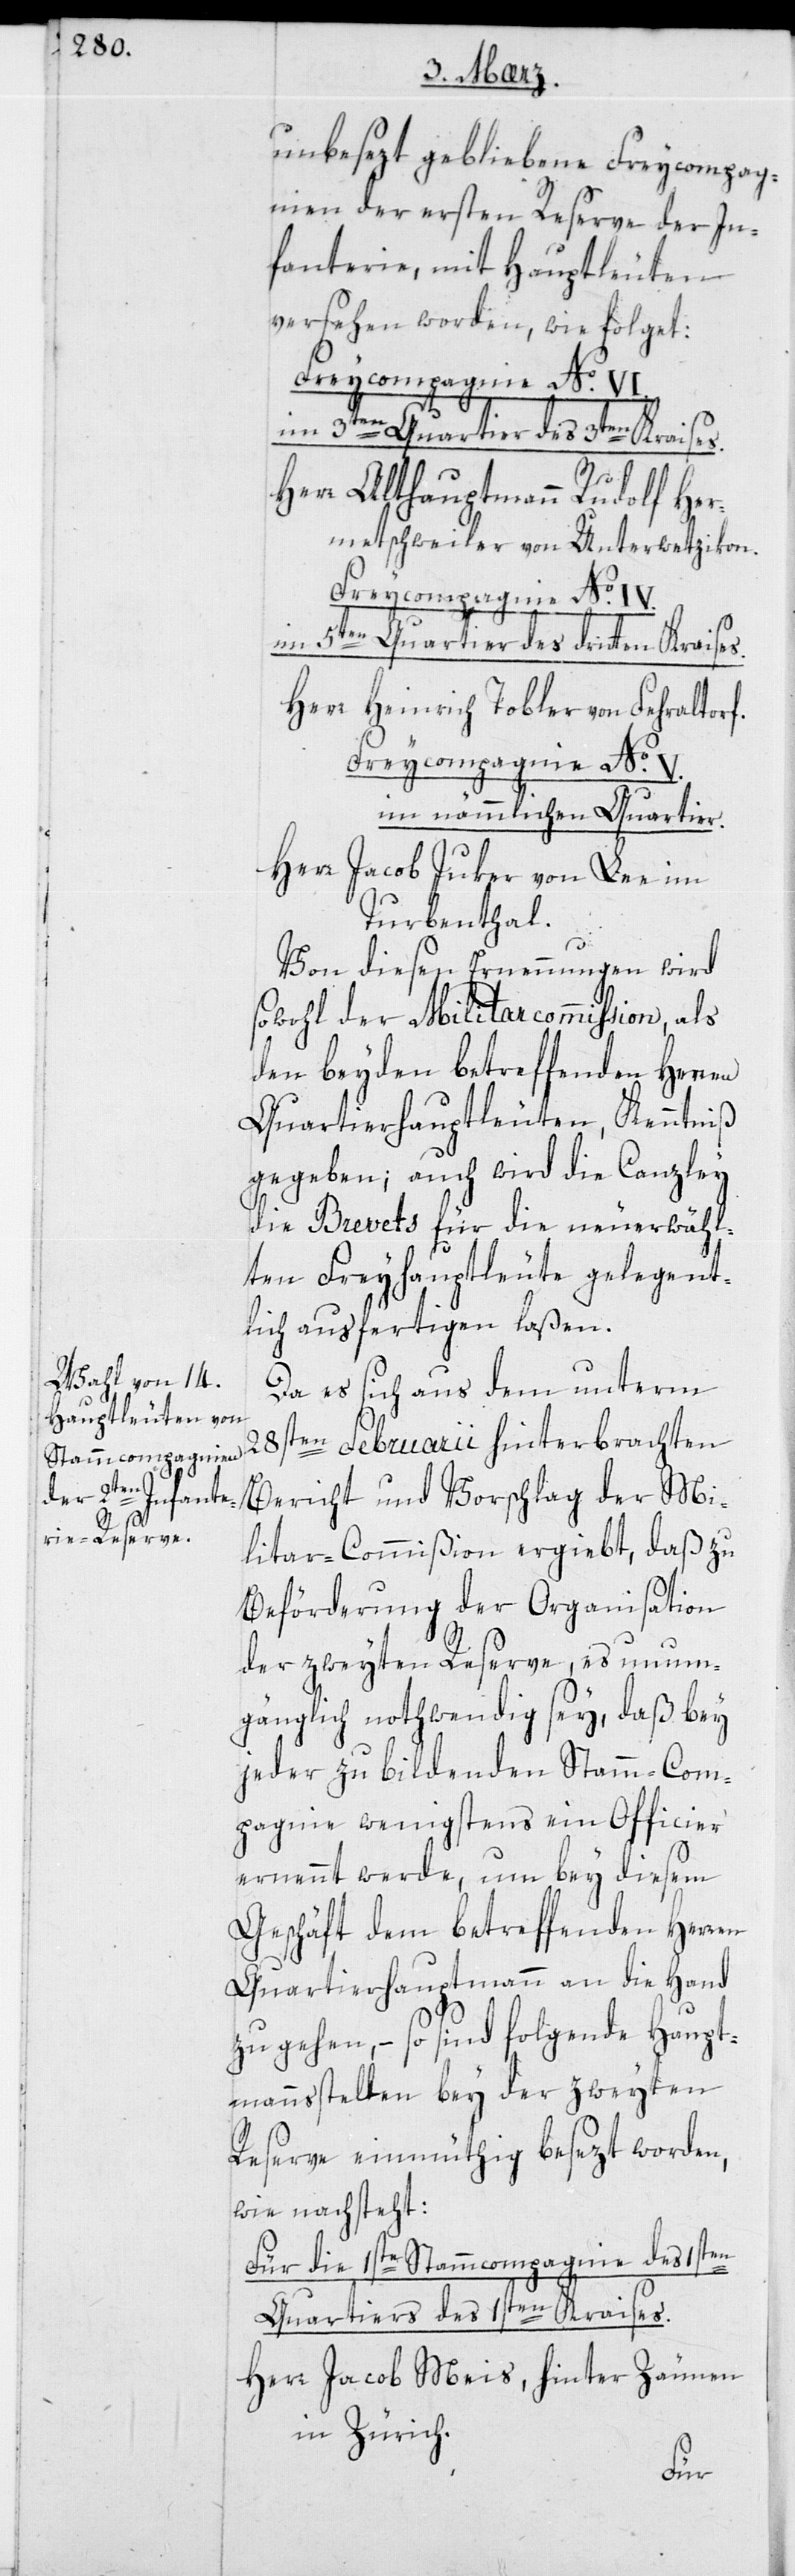
unbesezt gebliebene Freicompag¬
nien der ersten Reserve der In¬
fanterie, mit Hauptleuten
versehen worden, wie folget:
Freicompagnie № V.
im 5ten Quartier des 3ten Kraises.
Herr Althauptmann Rudolf Her¬
metschweiler von Unterwetzikon.
Herr Heinrich Tobler von Fehraltorf.
im nämmlichen Quartier.
Herr Jacob Juker von Lee im
Turbenthal.
Von diesen Ernennungen wird
sowohl der Militarcommißion als
den beyden betreffenden Herren
Quartierhauptleuten, Kenntniß
gegeben; auch wird die Canzley
die Brevets für die neu erwähl¬
ten Freyhauptleute gelegent¬
lich ausfertigen laßen.
Da es sich aus dem unterm
28sten Februarii hinterbrachten
Bericht und Vorschlag der Mi¬
litar-Commißion ergiebt, daß zu
Beförderung der Organisation
der zweyten Reserve, es unum¬
gänglich nothwendig sey, daß bey
jeder zu bildenden Stammcom¬
pagnie wenigsten ein Officier
ernennt werde, um bey diesem
Geschäft dem betreffenden Herren
Quartierhauptmann an die Hand
zu gehen, – so sind folgende Haupt¬
mannsstellen bey der zweyten
Reserve einmüthig besezt worden,
wie nachsteht:
Für die 1ste Stammcompagnie des 1sten
Quartiers des 1sten Kraises.
Herr Jacob Meis, hinter Zäunen
in Zürich.